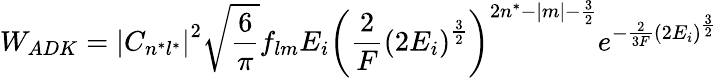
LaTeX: W_{ADK}=\left|C_{n^{*}l^{*}}\right|^{2}{\sqrt{\frac{6}{\pi}}}f_{lm}E_{i}\left({\frac{2}{F}}\left(2E_{i}\right)^{\frac{3}{2}}\right)^{2n^{*}-|m|-{\frac{3}{2}}}e^{-{\frac{2}{3F}}\left(2E_{i}\right)^{\frac{3}{2}}}